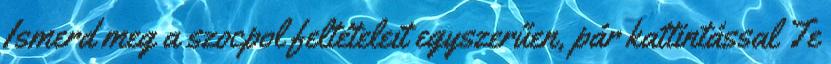
Ismerd meg a szocpol feltételeit egyszerűen, pár kattintással Te